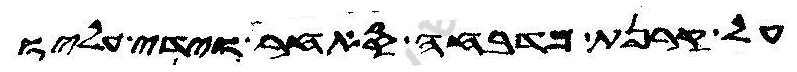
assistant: על קרנת מדבחה סאחר וידי עליו